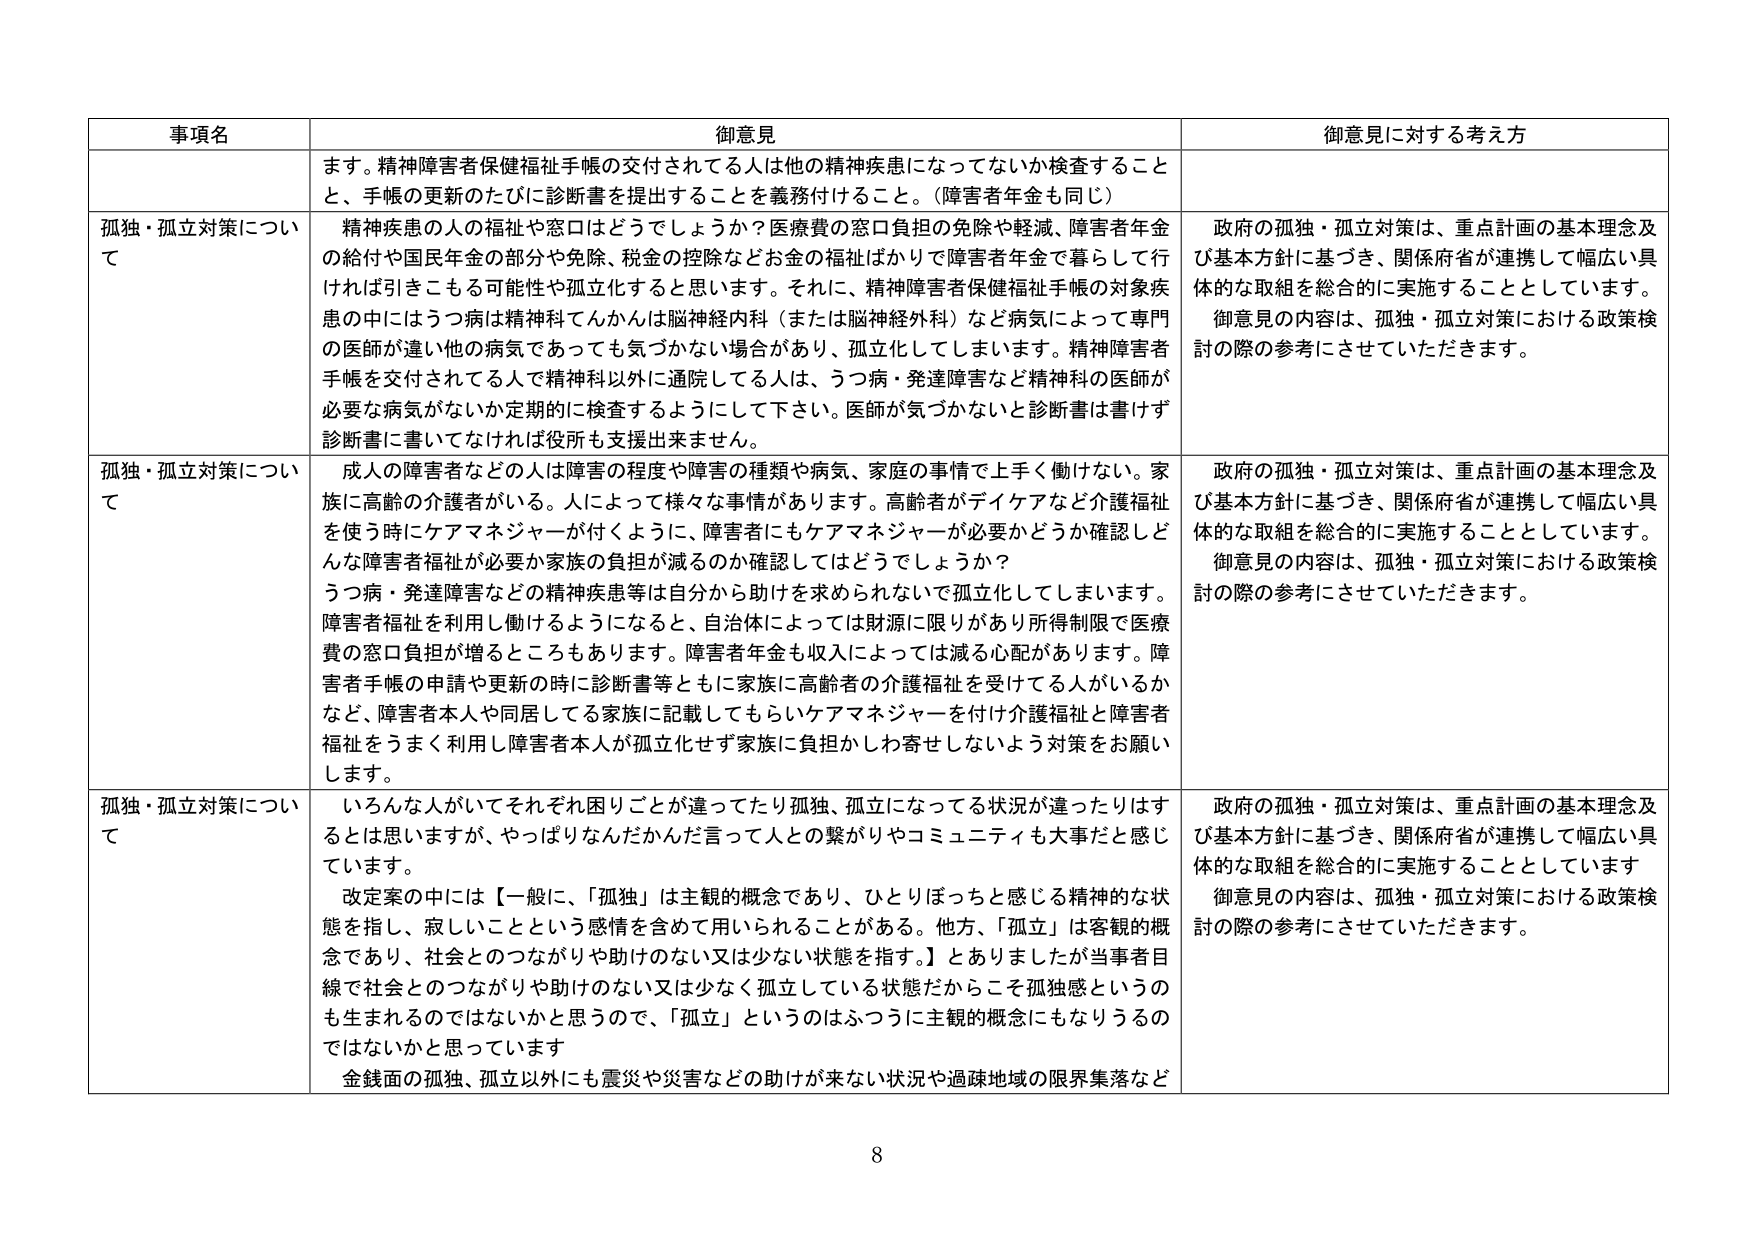
事項名 御意見 御意見に対する考え方
まず。精神障害者保健福祉手帳の交付されてる人は他の精神疾患になってないか検査することと、手帳の更新のたびに診断書を提出することを義務付けること。（障害者年金も同じ）
孤独・孤立対策について 精神疾患の人の福祉や窓口はどうでしょうか？医療費の窓口負担の免除や軽減、障害者年金の給付や国民年金の部分や免除、税金の控除などお金の福祉ばかりで障害者年金で暮らして行ければ引きこもる可能性や孤立化すると思います。それに、精神障害者保健福祉手帳の対象疾患の中にはうつ病は精神科でんかんは脳神経内科（または脳神経外科）など病気によって専門の医師が違い他の病気であっても気づかない場合があり、孤立化してしまいます。精神障害者手帳を交付されてる人で精神科以外に通院してる人は、うつ病・発達障害など精神科の医師が必要な病気がないか定期的に検査するようにして下さい。医師が気づかないと診断書は書けず診断書に書いてなければ役所も支援出来ません。
政府の孤独・孤立対策は、重点計画の基本理念及び基本方針に基づき、関係府省が連携して幅広い具体的な取組を総合的に実施することとしています。御意見の内容は、孤独・孤立対策における政策検討の際の参考にさせていただきます。
孤独・孤立対策について 成人の障害者などの人は障害の程度や障害の種類や病気、家庭の事情で上手く働けない。家族に高齢の介護者がいる。人によって様々な事情があります。高齢者がデイケアなど介護福祉を使う時にケアマネジャーが付くように、障害者にもケアマネジャーが必要かどうか確認しどんな障害者福祉が必要か家族の負担が減るのか確認してはどうでしょうか？うつ病・発達障害などの精神疾患等は自分から助けを求められないで孤立化してしまいます。障害者福祉を利用し働けるようになると、自治体によっては財源に限りがあり所得制限で医療費の窓口負担が増るところもあります。障害者年金も収入によっては減る心配があります。障害者手帳の申請や更新の時に診断書等ともに家族に高齢者の介護福祉を受けている人がいるかなど、障害者本人や同居してる家族に記載してもらいケアマネジャーを付け介護福祉と障害者福祉をうまく利用し障害者本人が孤立化せず家族に負担かしわ寄せしないよう対策をお願いします。
政府の孤独・孤立対策は、重点計画の基本理念及び基本方針に基づき、関係府省が連携して幅広い具体的な取組を総合的に実施することとしています。御意見の内容は、孤独・孤立対策における政策検討の際の参考にさせていただきます。
孤独・孤立対策について いろんな人がいてそれぞれ困りごとが違ってたり孤独、孤立になってる状況が違ったりはするとは思いますが、やっぱりなんだかんだ言って人との繋がりやコミュニティも大事だと感じています。改定案の中には【一般に、「孤独」は主観的概念であり、ひとりぼっちと感じる精神的な状態を指し、寂しいことという感情を含めて用いられることがある。他方、「孤立」は客観的概念であり、社会とのつながりや助けのない又は少ない状態を指す。】とありましたが当事者目線で社会とのつながりや助けのない又は少なく孤立している状態だからこそ孤独感というのも生まれるのではないかと思うので、「孤立」というのはふつうに主観的概念にもなりうるのではないかと思っています 金銭面の孤独、孤立以外にも震災や災害などの助けが来ない状況や過疎地域の限界集落など
政府の孤独・孤立対策は、重点計画の基本理念及び基本方針に基づき、関係府省が連携して幅広い具体的な取組を総合的に実施することとしています 御意見の内容は、孤独・孤立対策における政策検討の際の参考にさせていただきます。
8